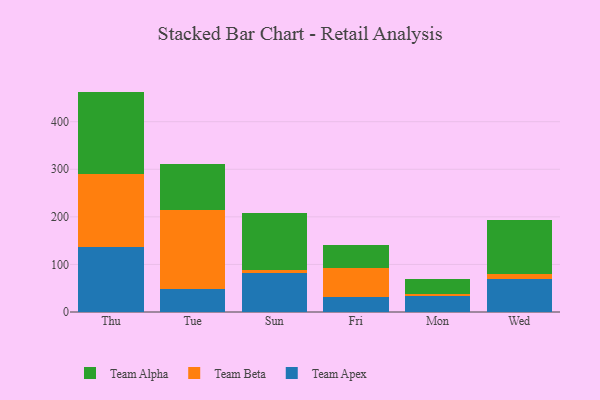
{"axis": {"x": "Day", "y": "Customer Acquisition Cost (USD)"}, "legend": ["Team Alpha", "Team Apex", "Team Beta"], "data": [{"x": "Thu", "y": 137.1, "type": "Team Apex"}, {"x": "Thu", "y": 152.0, "type": "Team Beta"}, {"x": "Thu", "y": 174.2, "type": "Team Alpha"}, {"x": "Tue", "y": 49.0, "type": "Team Apex"}, {"x": "Tue", "y": 166.1, "type": "Team Beta"}, {"x": "Tue", "y": 96.0, "type": "Team Alpha"}, {"x": "Sun", "y": 82.6, "type": "Team Apex"}, {"x": "Sun", "y": 6.2, "type": "Team Beta"}, {"x": "Sun", "y": 118.8, "type": "Team Alpha"}, {"x": "Fri", "y": 30.7, "type": "Team Apex"}, {"x": "Fri", "y": 62.7, "type": "Team Beta"}, {"x": "Fri", "y": 47.9, "type": "Team Alpha"}, {"x": "Mon", "y": 32.9, "type": "Team Apex"}, {"x": "Mon", "y": 5.3, "type": "Team Beta"}, {"x": "Mon", "y": 30.7, "type": "Team Alpha"}, {"x": "Wed", "y": 69.4, "type": "Team Apex"}, {"x": "Wed", "y": 11.2, "type": "Team Beta"}, {"x": "Wed", "y": 113.1, "type": "Team Alpha"}]}